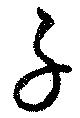
子